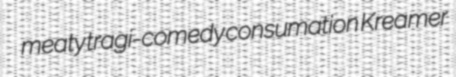
meaty tragi-comedy consumation Kreamer